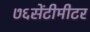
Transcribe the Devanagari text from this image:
७६सेंटीमीटर